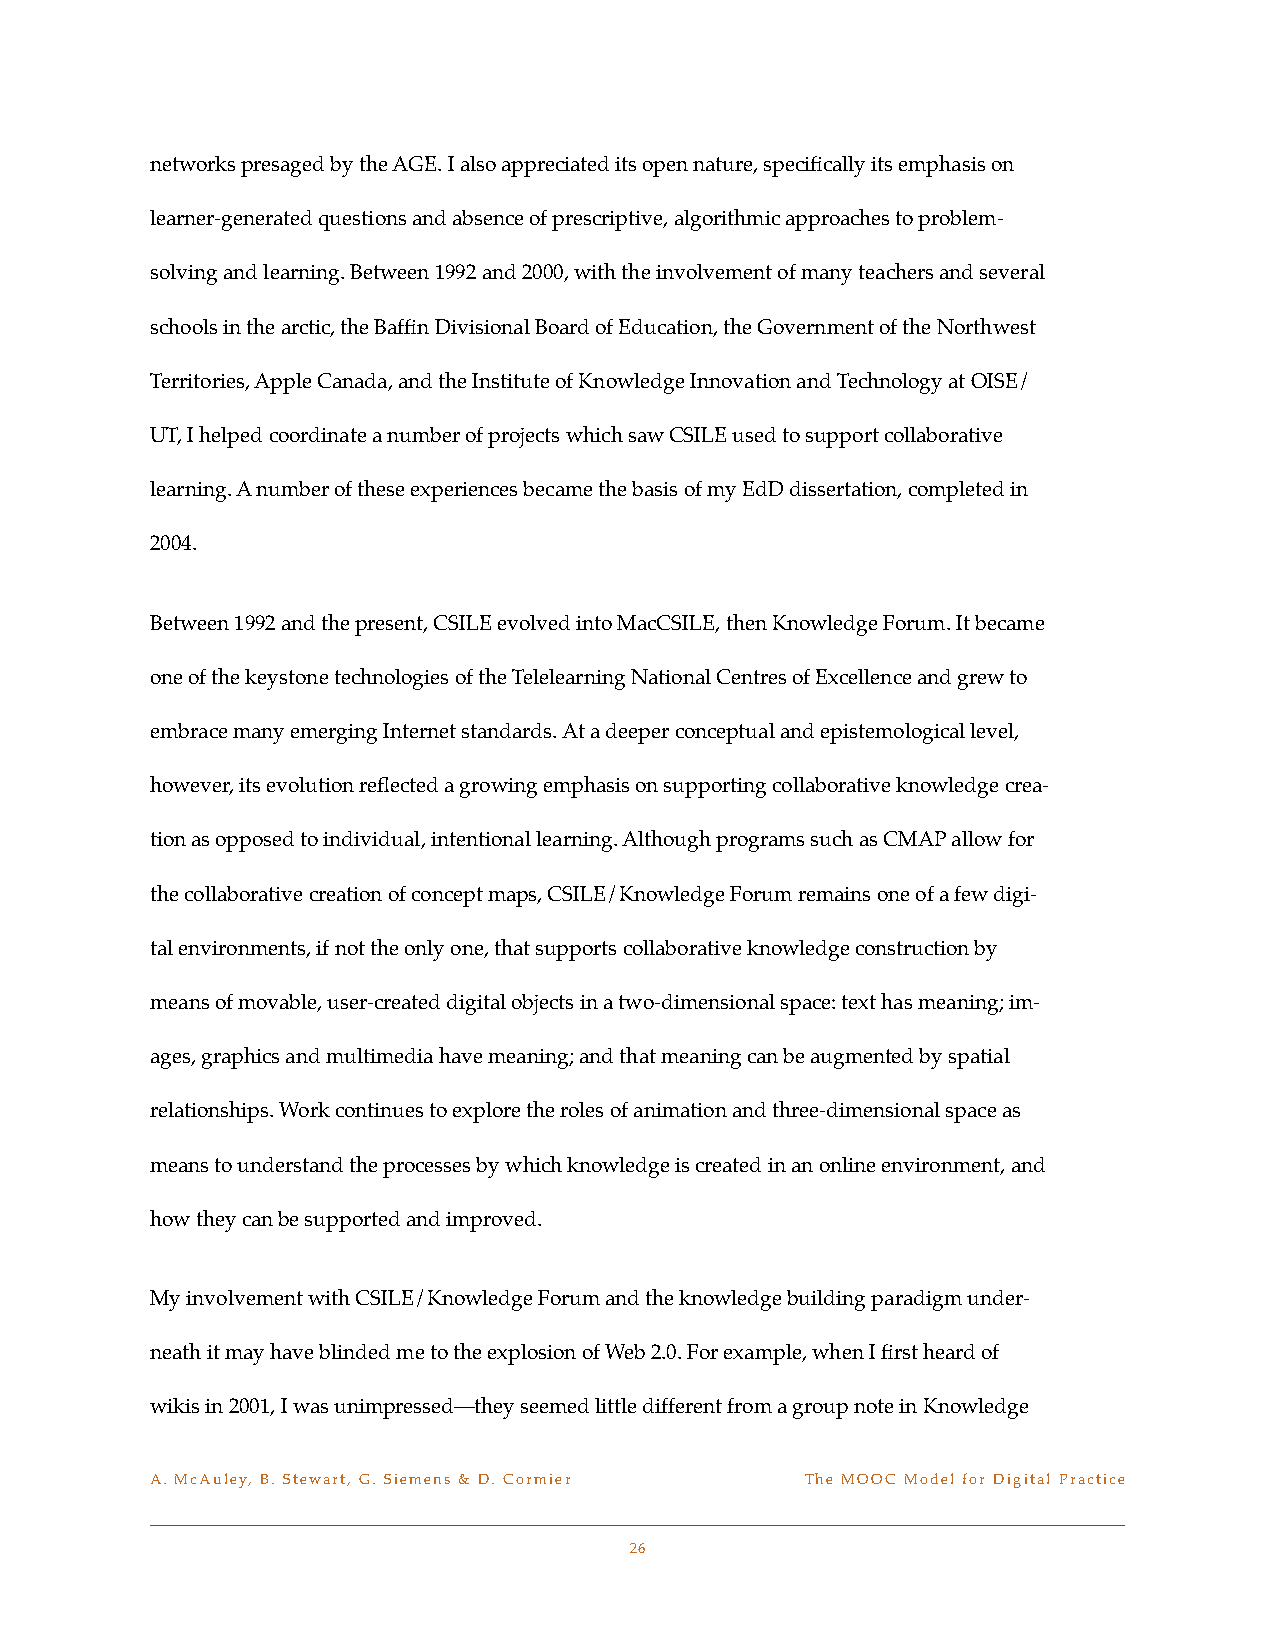
networks presaged by the AGE. I also appreciated its open nature, specifically its emphasis on
 learner-generated questions and absence of prescriptive, algorithmic approaches to problem-
 solving and learning. Between 1992 and 2000, with the involvement of many teachers and several
 schools in the arctic, the Baffin Divisional Board of Education, the Government of the Northwest
 Territories, Apple Canada, and the Institute of Knowledge Innovation and Technology at OISE/
 UT, I helped coordinate a number of projects which saw CSILE used to support collaborative
 learning. A number of these experiences became the basis of my EdD dissertation, completed in
 2004.
 Between 1992 and the present, CSILE evolved into MacCSILE, then Knowledge Forum. It became
 one of the keystone technologies of the Telelearning National Centres of Excellence and grew to
 embrace many emerging Internet standards. At a deeper conceptual and epistemological level,
 however, its evolution reflected a growing emphasis on supporting collaborative knowledge crea-
 tion as opposed to individual, intentional learning. Although programs such as CMAP allow for
 the collaborative creation of concept maps, CSILE/Knowledge Forum remains one of a few digi-
 tal environments, if not the only one, that supports collaborative knowledge construction by
 means of movable, user-created digital objects in a two-dimensional space: text has meaning; im-
 ages, graphics and multimedia have meaning; and that meaning can be augmented by spatial
 relationships. Work continues to explore the roles of animation and three-dimensional space as
 means to understand the processes by which knowledge is created in an online environment, and
 how they can be supported and improved.
 My involvement with CSILE/Knowledge Forum and the knowledge building paradigm under-
 neath it may have blinded me to the explosion of Web 2.0. For example, when I first heard of
 wikis in 2001, I was unimpressed—they seemed little different from a group note in Knowledge
 A. McAuley, B. Stewart, G. Siemens & D. Cormier! The MOOC Model for Digital Practice
 26